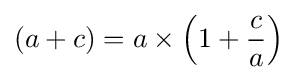
\left(a+c\right)=a\times \left(1+{\frac {c}{a}}\right)